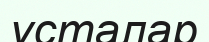
ұсталар